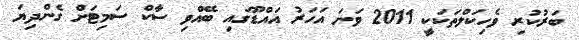
ބަރުކުރި ވެހިކަލްތަކަކީ 2011 ވަނަ އަހަރު އައްޑޫގައި ބޭއްވި ސާކް ސަމިޓަށް ގެންދިޔަ